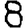
Digit: 8